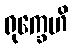
ရုက္ခေဟိ